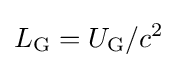
L_{\mathrm {G} }=U_{\mathrm {G} }/c^{2}